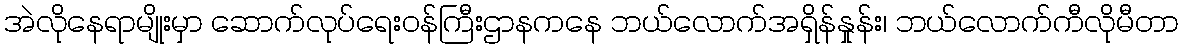
အဲလိုနေရာမျိုးမှာ ဆောက်လုပ်ရေးဝန်ကြီးဌာနကနေ ဘယ်လောက်အရှိန်နှုန်း၊ ဘယ်လောက်ကီလိုမီတာ